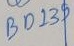
Text: BD139